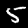
Digit: 5